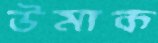
উমাক